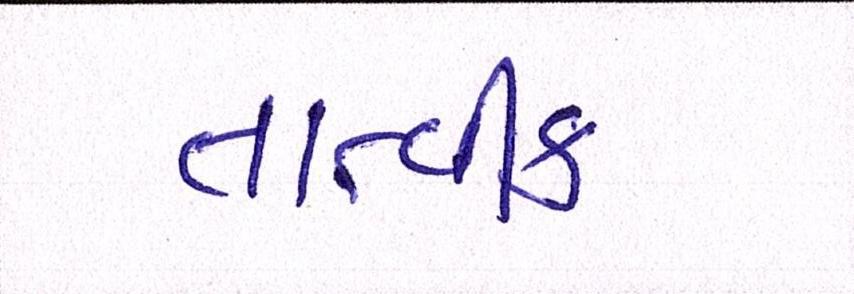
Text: તાત્વીક